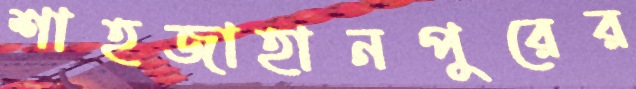
শাহজাহানপুরের